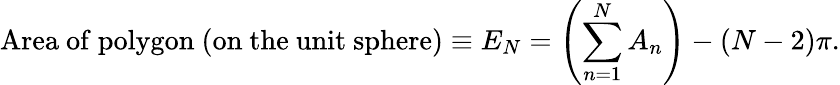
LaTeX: {\mathrm{Area~of~polygon~(on~the~unit~sphere)}}\equiv E_{N}=\left(\sum_{n=1}^{N}A_{n}\right)-(N-2)\pi.